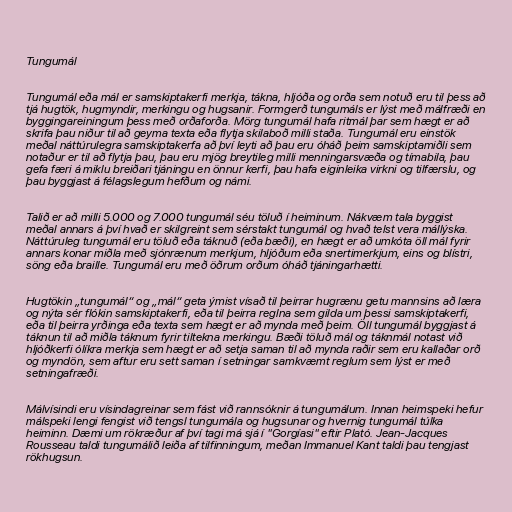
Tungumál

Tungumál eða mál er samskiptakerfi merkja, tákna, hljóða og orða sem notuð eru til þess að
tjá hugtök, hugmyndir, merkingu og hugsanir. Formgerð tungumáls er lýst með málfræði en
byggingareiningum þess með orðaforða. Mörg tungumál hafa ritmál þar sem hægt er að
skrifa þau niður til að geyma texta eða flytja skilaboð milli staða. Tungumál eru einstök
meðal náttúrulegra samskiptakerfa að því leyti að þau eru óháð þeim samskiptamiðli sem
notaður er til að flytja þau, þau eru mjög breytileg milli menningarsvæða og tímabila, þau
gefa færi á miklu breiðari tjáningu en önnur kerfi, þau hafa eiginleika virkni og tilfærslu, og
þau byggjast á félagslegum hefðum og námi.

Talið er að milli 5.000 og 7.000 tungumál séu töluð í heiminum. Nákvæm tala byggist
meðal annars á því hvað er skilgreint sem sérstakt tungumál og hvað telst vera mállýska.
Náttúruleg tungumál eru töluð eða táknuð (eða bæði), en hægt er að umkóta öll mál fyrir
annars konar miðla með sjónrænum merkjum, hljóðum eða snertimerkjum, eins og blístri,
söng eða braille. Tungumál eru með öðrum orðum óháð tjáningarhætti.

Hugtökin „tungumál“ og „mál“ geta ýmist vísað til þeirrar hugrænu getu mannsins að læra
og nýta sér flókin samskiptakerfi, eða til þeirra reglna sem gilda um þessi samskiptakerfi,
eða til þeirra yrðinga eða texta sem hægt er að mynda með þeim. Öll tungumál byggjast á
táknun til að miðla táknum fyrir tiltekna merkingu. Bæði töluð mál og táknmál notast við
hljóðkerfi ólíkra merkja sem hægt er að setja saman til að mynda raðir sem eru kallaðar orð
og myndön, sem aftur eru sett saman í setningar samkvæmt reglum sem lýst er með
setningafræði.

Málvísindi eru vísindagreinar sem fást við rannsóknir á tungumálum. Innan heimspeki hefur
málspeki lengi fengist við tengsl tungumála og hugsunar og hvernig tungumál túlka
heiminn. Dæmi um rökræður af því tagi má sjá í "Gorgíasi" eftir Plató. Jean-Jacques
Rousseau taldi tungumálið leiða af tilfinningum, meðan Immanuel Kant taldi þau tengjast
rökhugsun.